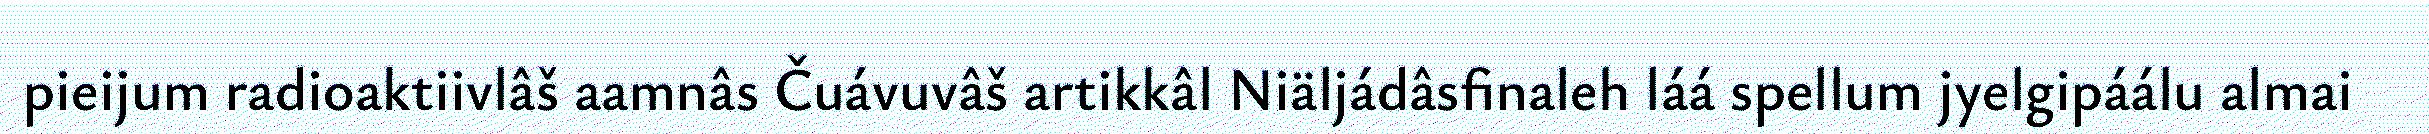
pieijum radioaktiivlâš aamnâs Čuávuvâš artikkâl Niäljádâsfinaleh láá spellum jyelgipáálu almai